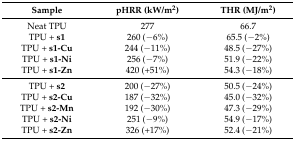
| Sample | pHRR (kW/m2) | THR (MJ/m2) |
 | --- | --- | --- |
 | Neat TPU | 277 | 66.7 |
 | TPU + s1 | 260 (−6%) | 65.5 (−2%) |
 | TPU + s1-Cu | 244 (−11%) | 48.5 (−27%) |
 | TPU + s1-Ni | 256 (−7%) | 51.9 (−22%) |
 | TPU + s1-Zn | 420 (+51%) | 54.3 (−18%) |
 | TPU + s2 | 200 (−27%) | 50.5 (−24%) |
 | TPU + s2-Cu | 187 (−32%) | 45.0 (−32%) |
 | TPU + s2-Mn | 192 (−30%) | 47.3 (−29%) |
 | TPU + s2-Ni | 251 (−9%) | 54.9 (−17%) |
 | TPU + s2-Zn | 326 (+17%) | 52.4 (−21%) |